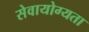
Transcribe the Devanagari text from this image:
सेवायोग्यता